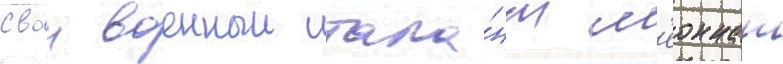
Свои военныи тала́нт л'еоннат